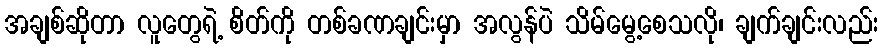
အချစ်ဆိုတာ လူတွေရဲ့ စိတ်ကို တစ်ခဏချင်းမှာ အလွန်ပဲ သိမ်မွေ့စေသလို၊ ချက်ချင်းလည်း